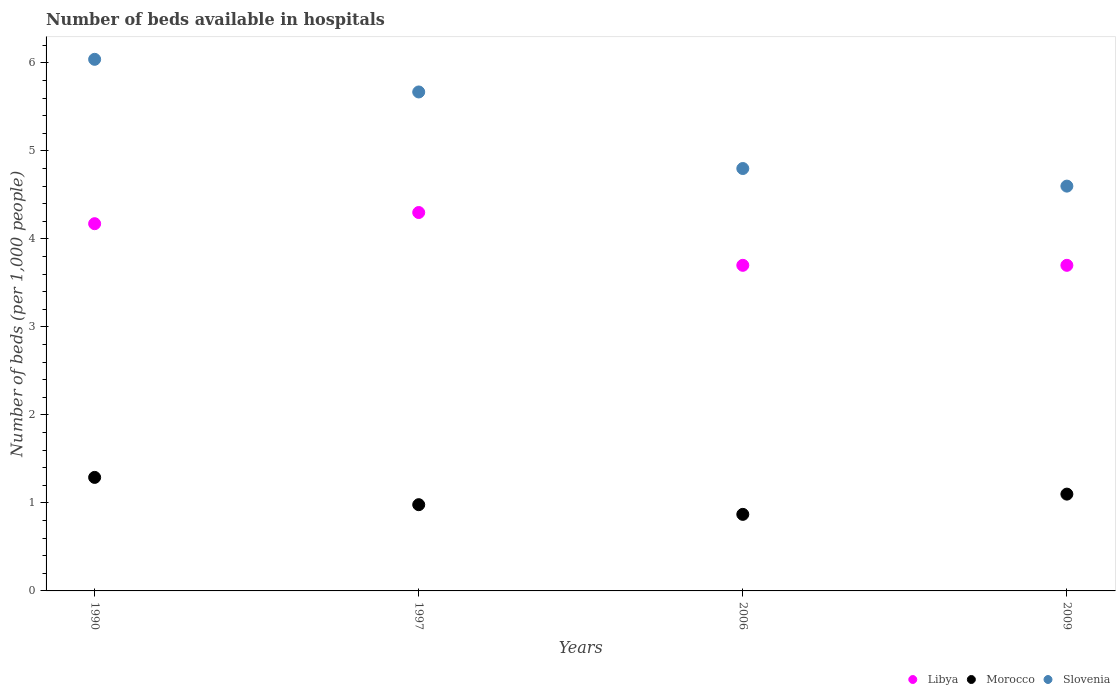
| Years | Libya | Morocco | Slovenia |
 | --- | --- | --- | --- |
 | 1990 | 4.17 | 1.29 | 6.04 |
 | 1997 | 4.3 | 0.98 | 5.67 |
 | 2006 | 3.7 | 0.87 | 4.8 |
 | 2009 | 3.7 | 1.1 | 4.6 |